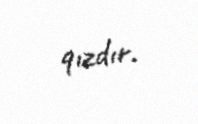
qızdır.